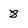
Character: 8